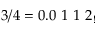
3 / 4 = 0 . 0 \ 1 \ 1 \ 2 _ { ! }